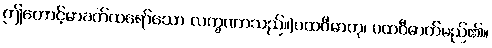
ဤတောင့်မာခက်ထရော်သော လက္ခဏာသည်။)ပထဝီဓာတု၊ ပထဝီဓာတ်မည်၏။